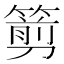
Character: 𥲫